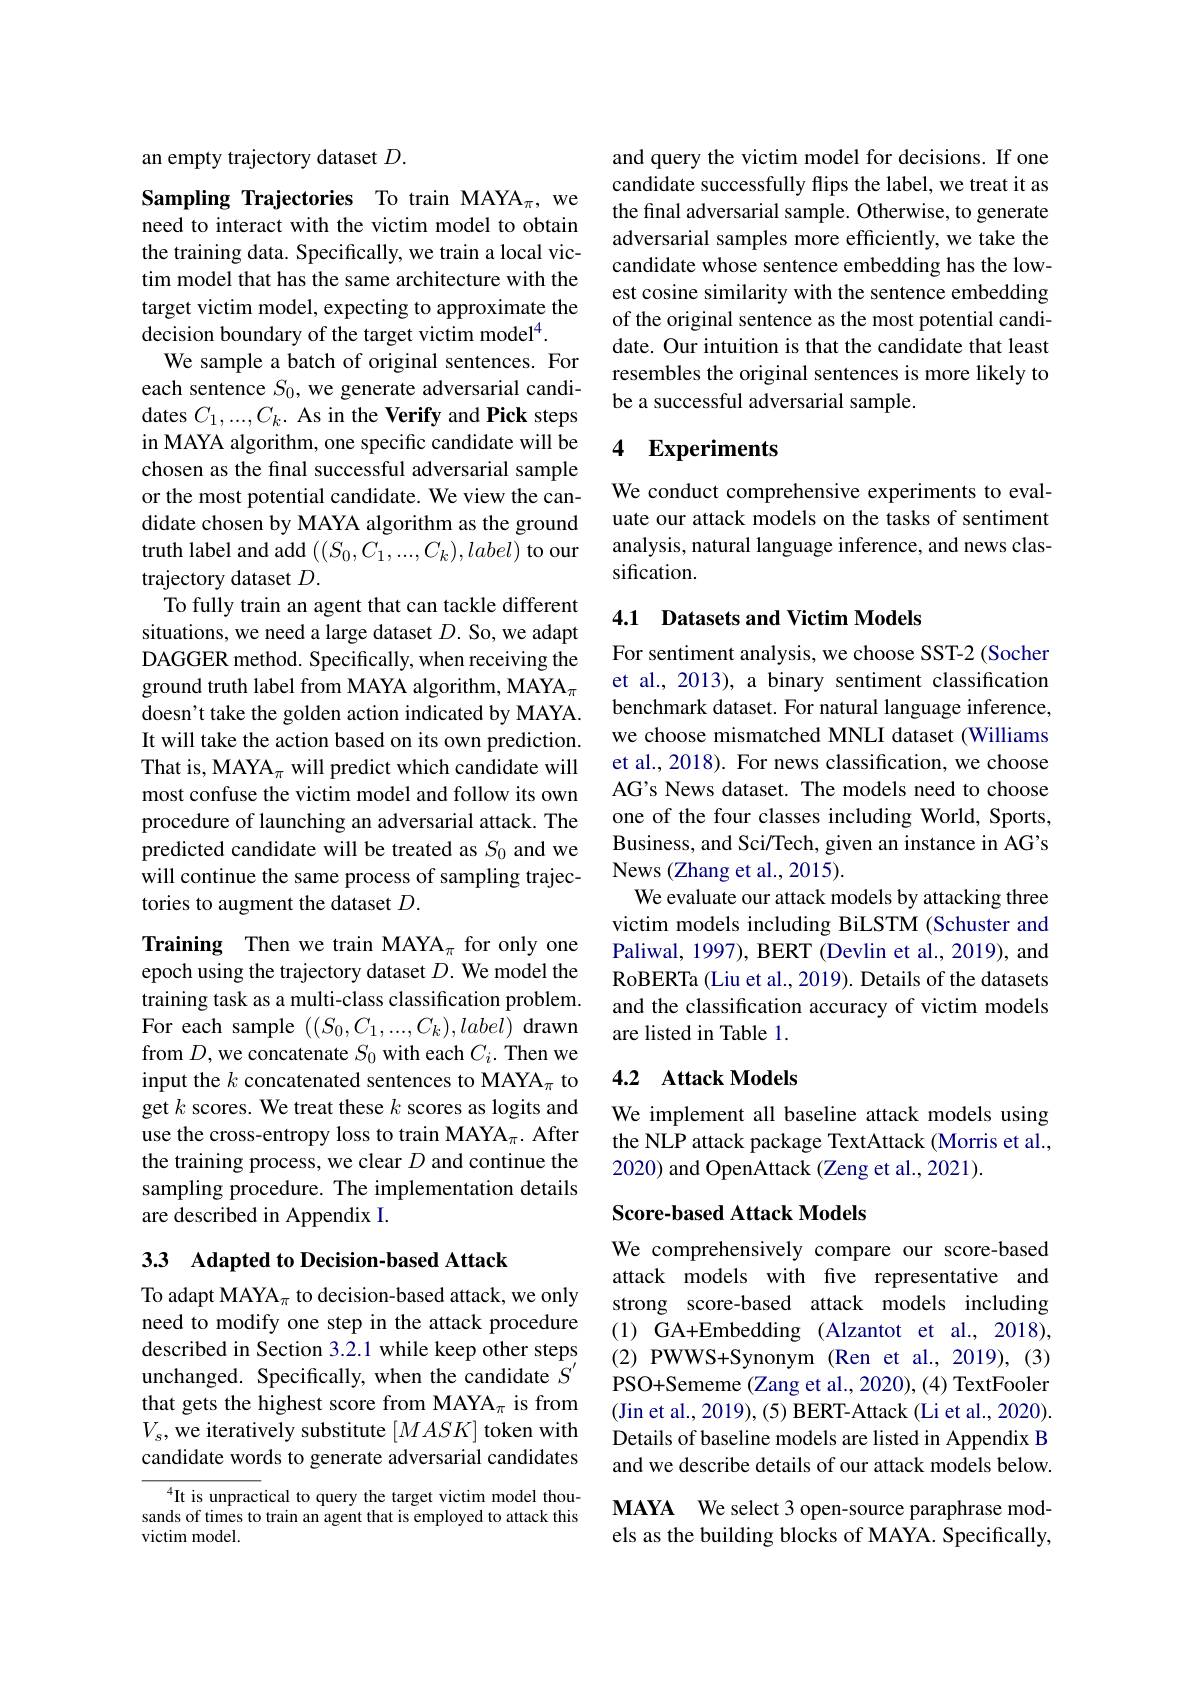
an empty trajectory dataset $D.$

Sampling Trajectories To train MAYA$_\pi$, we need to interact with the victim model to obtain the training data. Specifically, we train a local victim model that has the same architecture with the target victim model, expecting to approximate the decision boundary of the target victim model$^{4}.$
We sample a batch of original sentences. For each sentence $S_0$, we generate adversarial candidates $C_1,...,C_k.$ As in the Verify and Pick steps in MAYA algorithm, one specific candidate will be chosen as the final successful adversarial sample or the most potential candidate. We view the candidate chosen by MAYA algorithm as the ground truth label and add $((S_0,C_1,...,C_k),label)$ to our trajectory dataset $D.$
To fully train an agent that can tackle different situations, we need a large dataset $D.$ So, we adapt DAGGER method. Specifically, when receiving the ground truth label from MAYA algorithm, MAYA$_\pi$ doesn't take the golden action indicated by MAYA. It will take the action based on its own prediction. That is, MAYA$_\pi$ will predict which candidate will most confuse the victim model and follow its own procedure of launching an adversarial attack. The predicted candidate will be treated as $S_{0}$ and we will continue the same process of sampling trajectories to augment the dataset $D.$

Training Then we train MAYA$_\pi$ for only one epoch using the trajectory dataset $D.$ We model the training task as a multi-class classification problem. For each sample $((S_0,C_1,...,C_k),label)$ drawn from $D$,we concatenate $S_0$ with each $C_i.$ Then we input the $k$ concatenated sentences to MAYA$_\pi$ to get $k$ scores. We treat these $k$ scores as logits and use the cross-entropy loss to train MAYA$_\pi.$ After the training process, we clear $D$ and continue the sampling procedure. The implementation details are described in Appendix I.

## 33 Adapted to Decision-based Attack

To adapt MAYA$_\pi$ to decision-based attack, we only need to modify one step in the attack procedure described in Section 3.2.1 while keep other steps unchanged. Specifically, when the candidate $S^{\prime}$ that gets the highest score from MAYA$_\pi$ is from $V_s$, we iteratively substitute $[MASK]$ token with candidate words to generate adversarial candidates

$^{4}$It is unpractical to query the target victim model thousands of times to train an agent that is employed to attack this victim model.

and query the victim model for decisions. If one candidate successfully flips the label, we treat it as the final adversarial sample. Otherwise, to generate adversarial samples more effciently, we take the candidate whose sentence embedding has the lowest cosine similarity with the sentence embedding of the original sentence as the most potential candidate. Our intuition is that the candidate that least resembles the original sentences is more likely to be a successful adversarial sample.

# 4 Experiments

We conduct comprehensive experiments to evaluate our attack models on the tasks of sentiment analysis, natural language inference, and news classification.

## 4.1 Datasets and Victim Models

For sentiment analysis, we choose SST-2 (Socher et al., 2013), a binary sentiment classification benchmark dataset. For natural language inference, we choose mismatched MNLI dataset (Williams et al., 2018). For news classification, we choose AG's News dataset. The models need to choose one of the four classes including World, Sports, Business, and Sci/Tech, given an instance in AG's News (Zhang et al., 2015).
We evaluate our attack models by attacking three victim models including BiLSTM (Schuster and Paliwal, 1997), BERT (Devlin et al., 2019), and RoBERTa (Liu et al., 2019). Details of the datasets and the classification accuracy of victim models are listed in Table 1.

## 4.2 Attack Models

We implement all baseline attack models using the NLP attack package TextAttack (Morris et al., 2020) and OpenAttack (Zeng et al., 2021).

### Score-based Attack Models

We comprehensively compare our score-based attack models with fve representative and strong score-based attack models including (1) GA+Embedding (Alzantot et al., 2018), $(2){\mathrm{~PWWS+Synonym~(Ren~et~al.,~2019),~(3)}}$ PSO+Sememe (Zang et al., 2020), (4) TextFooler (Jin et al., 2019), (5) BERT-Attack (Li et al., 2020). Details of baseline models are listed in Appendix B and we describe details of our attack models below. MAYA We select 3 open-source paraphrase models as the building blocks of MAYA. Specifically,